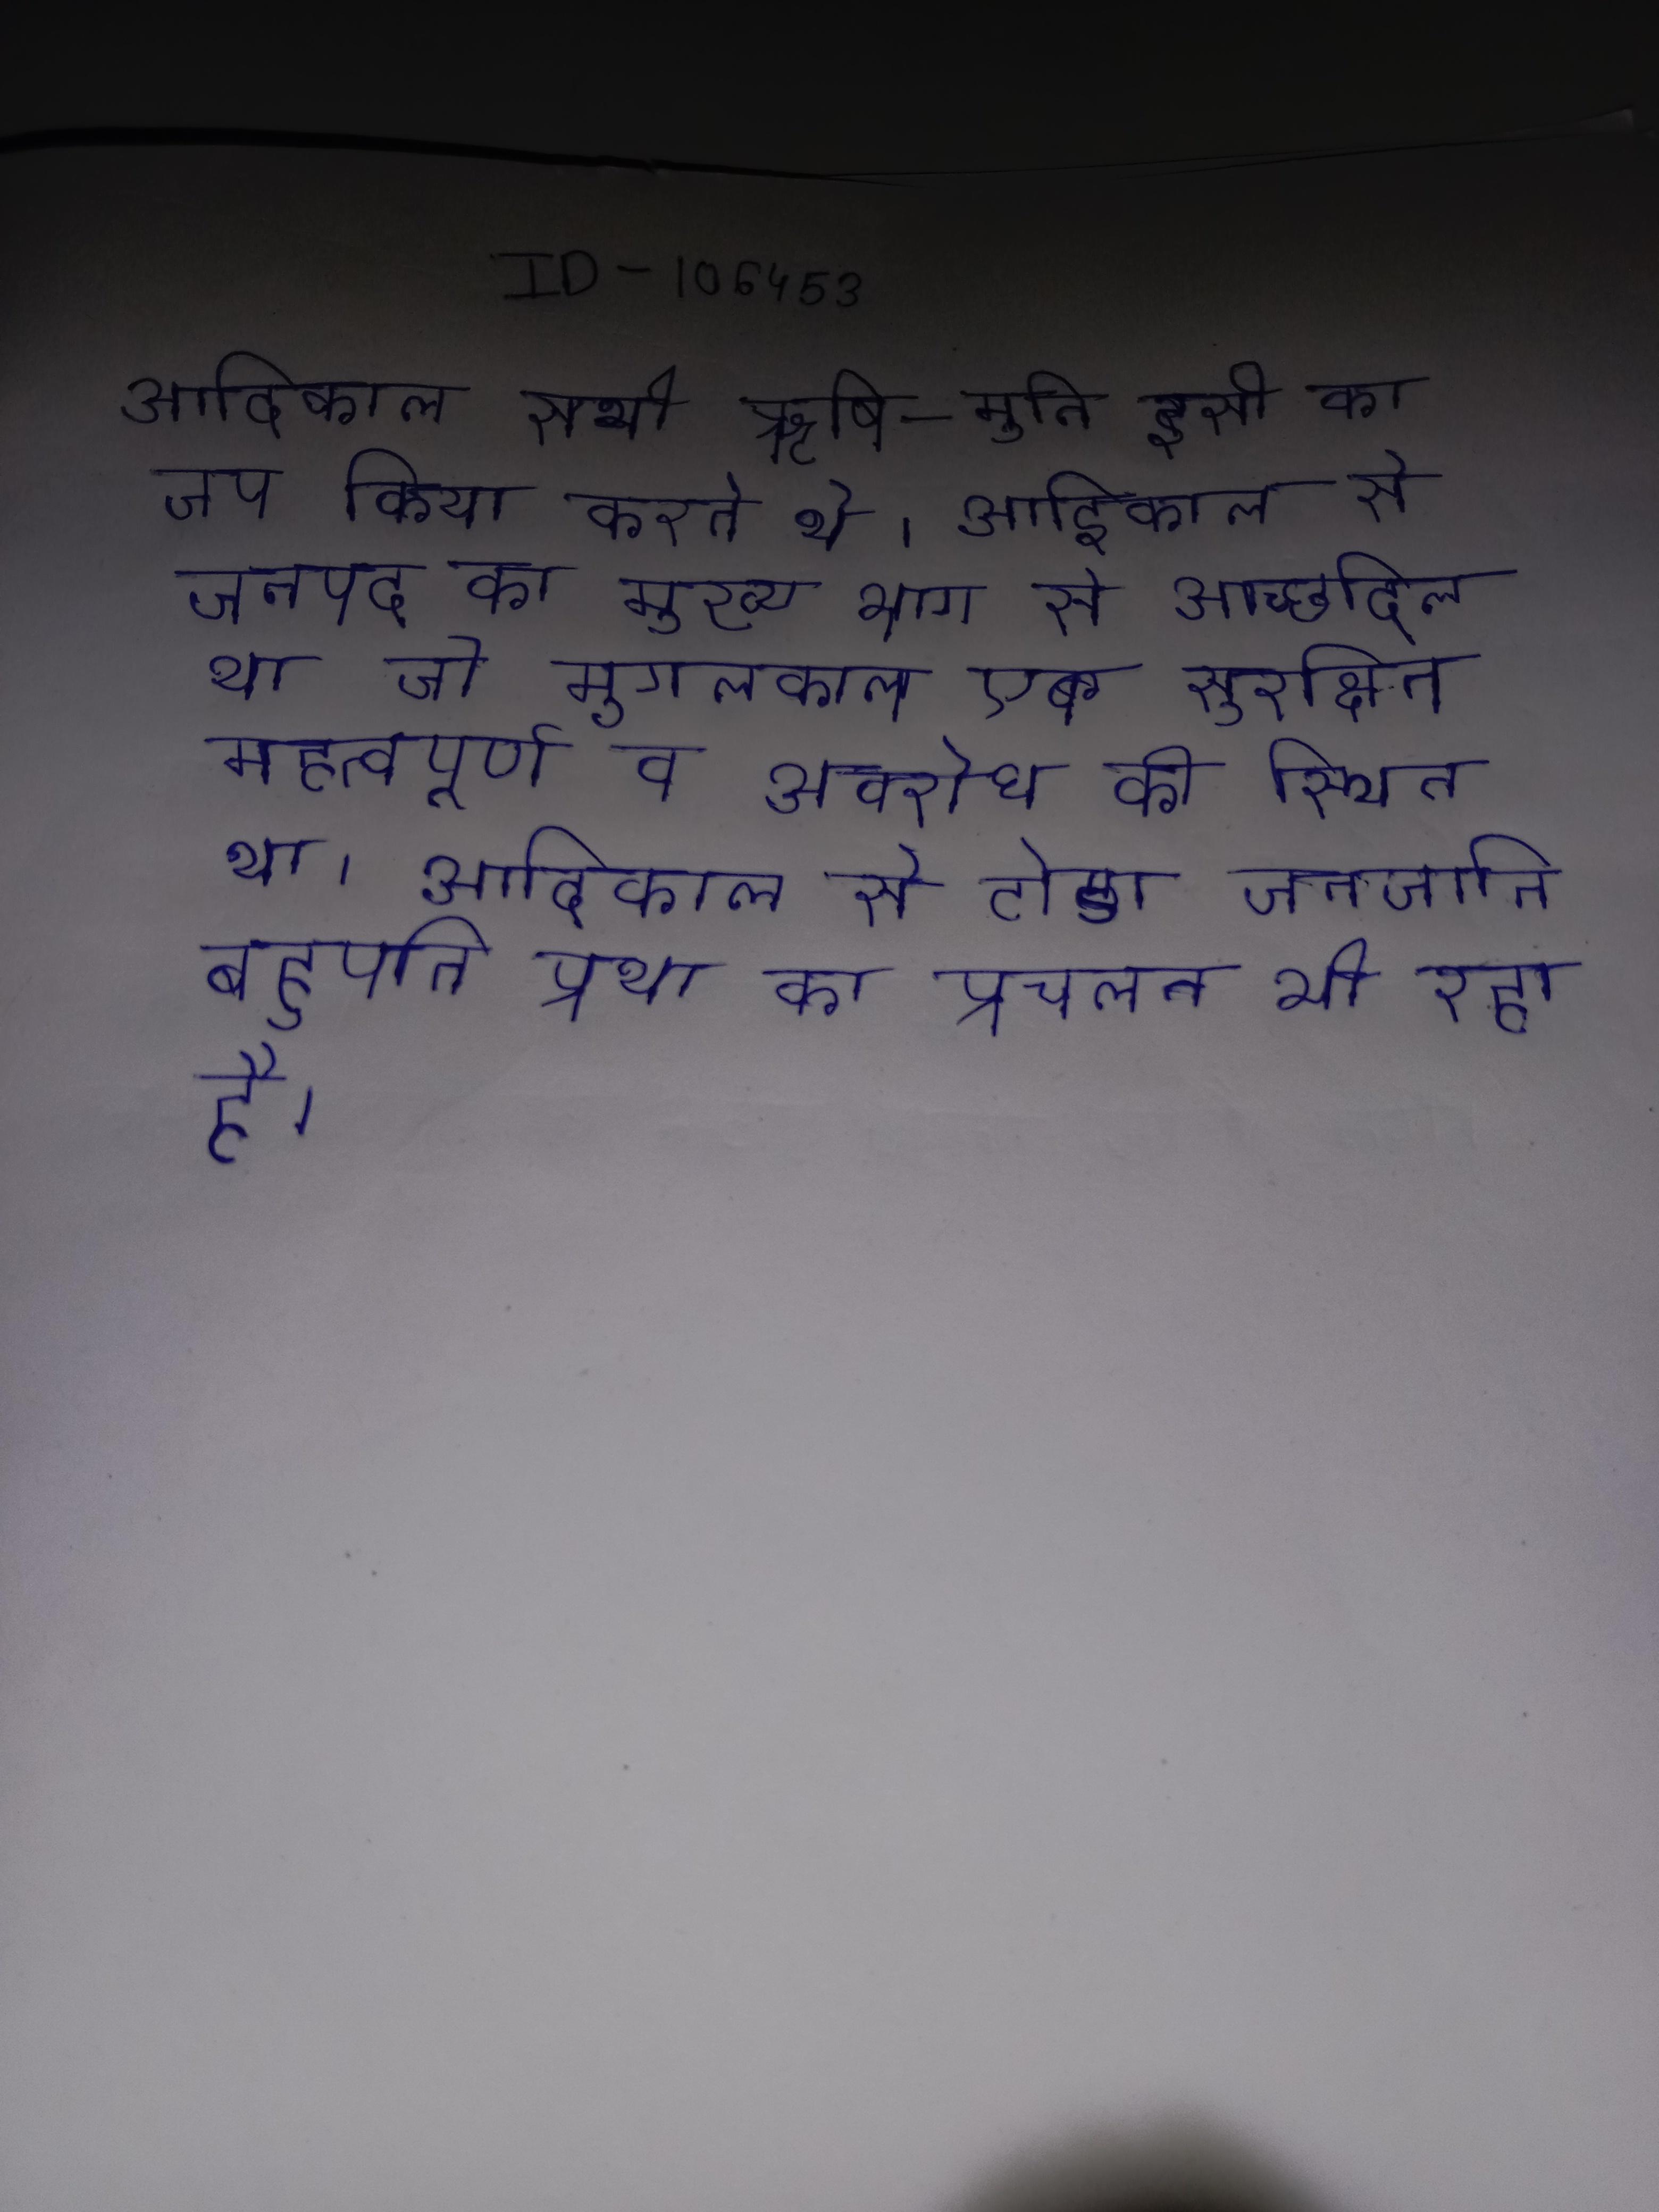
आदिकाल सभी ऋषि- मुनि इसी का जप किया करते थे । आदिकाल से जनपद का मुख्य भाग सघन ढाख, कटीली आदि से आच्छादित था जो मुगलकाल एक सुरक्षित महत्वपूर्ण व अवरोध की स्थित था । आदिकाल से टोडा जनजाति बहुपति प्रथा का प्रचलन भी रहा है ।